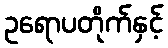
ဥရောပတိုက်နှင့်